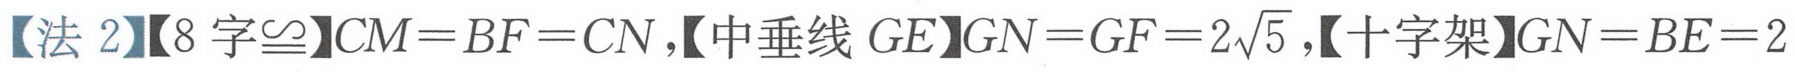
【法 2】【8 字\(\cong\)】\(CM = BF = CN\)，【中垂线 \(GE\)】\(GN = GF = 2\sqrt{5}\)，【十字架】\(GN = BE = 2\)